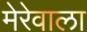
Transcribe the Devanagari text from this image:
मेरेवाला